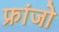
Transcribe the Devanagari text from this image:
फ्रांजो